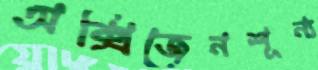
অক্সিজেনশূন্য